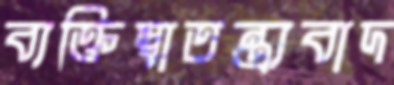
ব্যক্তিস্বাতন্ত্র্যবাদ